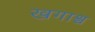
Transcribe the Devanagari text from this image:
खगाश्व